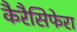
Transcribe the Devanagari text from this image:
कैरैसिफेरा